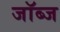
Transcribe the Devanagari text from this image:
जॉब्ज